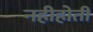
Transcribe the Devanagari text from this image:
नहीहोती